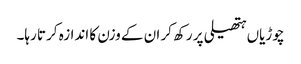
چوڑیاں ہتھیلی پر رکھ کر ان کے وزن کا اندازہ کرتا رہا۔